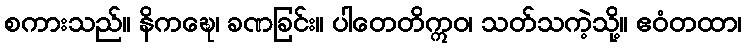
စကားသည်။ နိကဍ္ဎေ၊ ခဏခြင်း။ ပါတေတိဣဝ၊ သတ်သကဲ့သို့။ ဧဝံတထာ၊